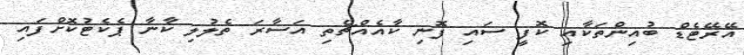
އޭރޭޓެޑް ބުއިންތަކާއި ކޮފީ ސައި ފޮނި ކާއެއްޗެތި އަސާރަ ތެލުލި ކާނާ ޕެކެޓުކޮށްފައި